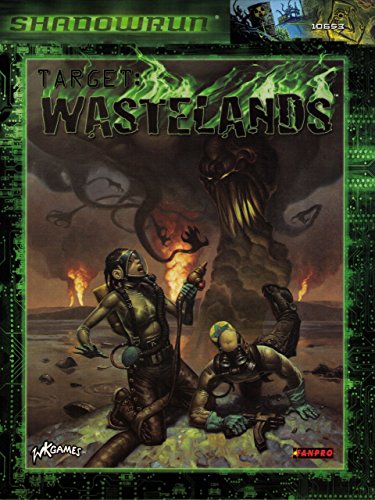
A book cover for Target: Wastelands (Shadowrun); Rob Boyle; Science Fiction & Fantasy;